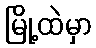
မြို့ထဲမှာ